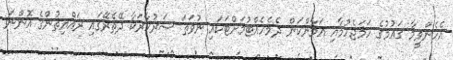
އެހެންވީމާ ގައުމުގެ ހަމަޖެހުމާއި އަމާންކަން ދެމެހެއްޓުމަށްޓަކައި ނުވަތަ ސަރުކާރަކާ ދޭތެރޭގައި ރައްޔިތުންގެ އޮންނަ